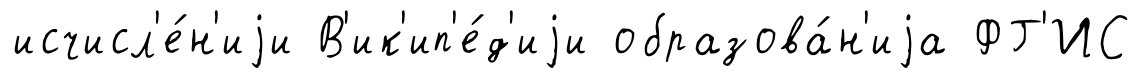
исчисл'е́н'иjи В'ик'ип'е́д'иjи образова́н'иjа ФГ'ИС